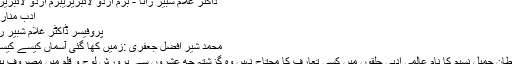
ڈاکٹر غلام شبیر رانا - بزم اردو لائبریریبزم اردو لائبریری
ادب منارے
پروفیسر ڈاکٹر غلام شبیر رانا
محمد شیر افضل جعفری :زمیں کھا گئی آسماں کیسے کیسے
سلطان جمیل نسیم کا نام عالمی ادبی حلقوں میں کسی تعارف کا محتاج نہیں وہ گزشتہ چھ عشروں سے پرورش لوح و قلم میں مصروف ہیں۔